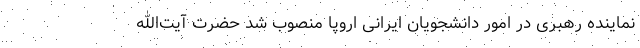
نماینده رهبری در امور دانشجویان ایرانی اروپا منصوب شد حضرت آیت‌الله